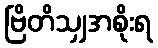
ဗြိတိသျှအစိုးရ